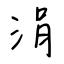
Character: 涓